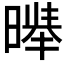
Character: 𱢣